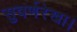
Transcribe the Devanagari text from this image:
सुवर्णरेखा।